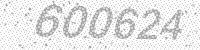
Solution: 600624